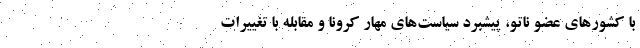
با کشورهای عضو ناتو، پیشبرد سیاست‌های مهار کرونا و مقابله با تغییرات